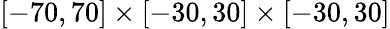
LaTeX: [-70,70]\times[-30,30]\times[-30,30]